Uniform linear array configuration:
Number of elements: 64
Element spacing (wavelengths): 0.5
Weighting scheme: blackman
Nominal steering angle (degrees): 30
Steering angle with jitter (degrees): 31.717
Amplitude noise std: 0.05
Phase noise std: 0.05

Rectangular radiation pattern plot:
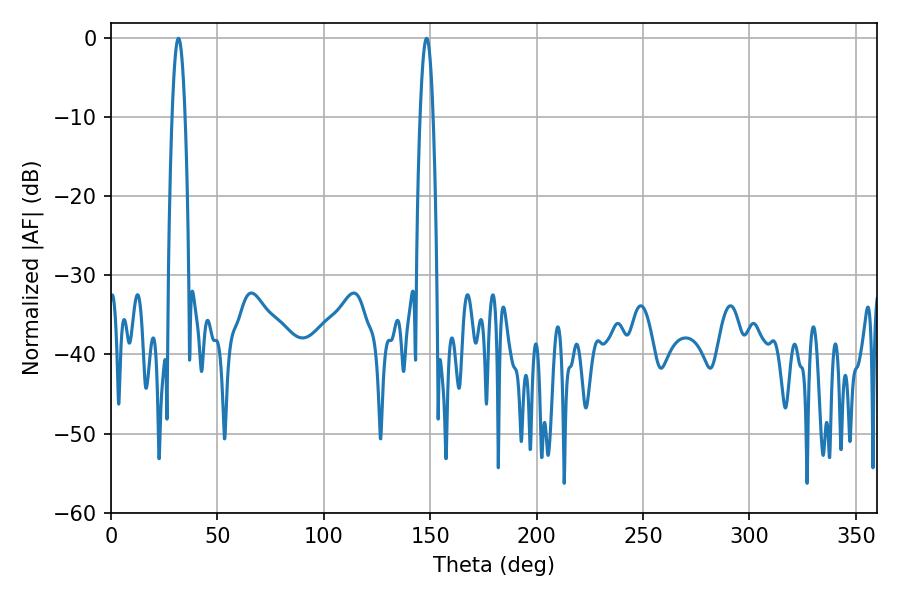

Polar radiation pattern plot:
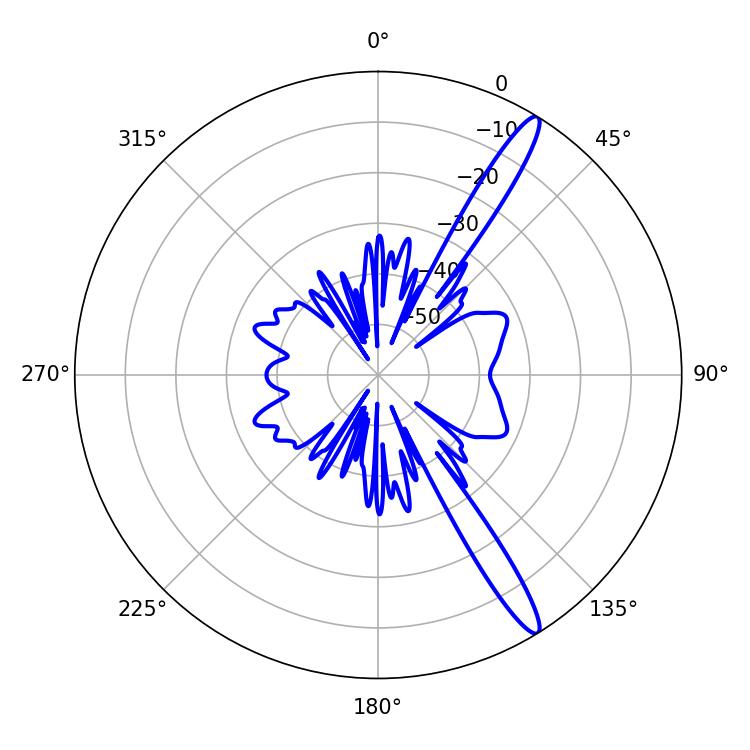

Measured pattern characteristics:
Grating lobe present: FALSE
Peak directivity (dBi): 14.737
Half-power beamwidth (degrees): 3.24
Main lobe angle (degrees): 31.68